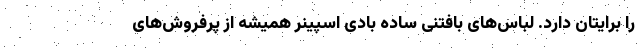
را برایتان دارد. لباس‌های بافتنی ساده بادی اسپینر همیشه از پرفروش‌های